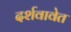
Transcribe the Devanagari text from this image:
दर्शवावेत